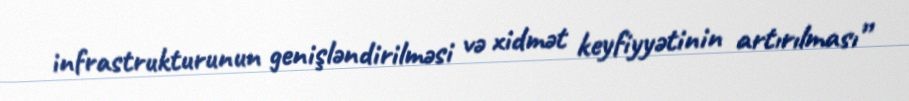
infrastrukturunun genişləndirilməsi və xidmət keyfiyyətinin artırılması”